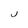
Character: J